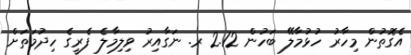
އެގޮތުން މިހާރު ހުޅުމާލޭ ބަހުން 2.12 ރ. ނަގާއިރު ވިލިމާލެ ފެރީގެ ހިދުމަތަށް